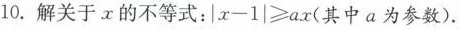
10.解关于x的不等式：$$\mid x - 1 \mid